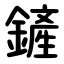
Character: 鏟